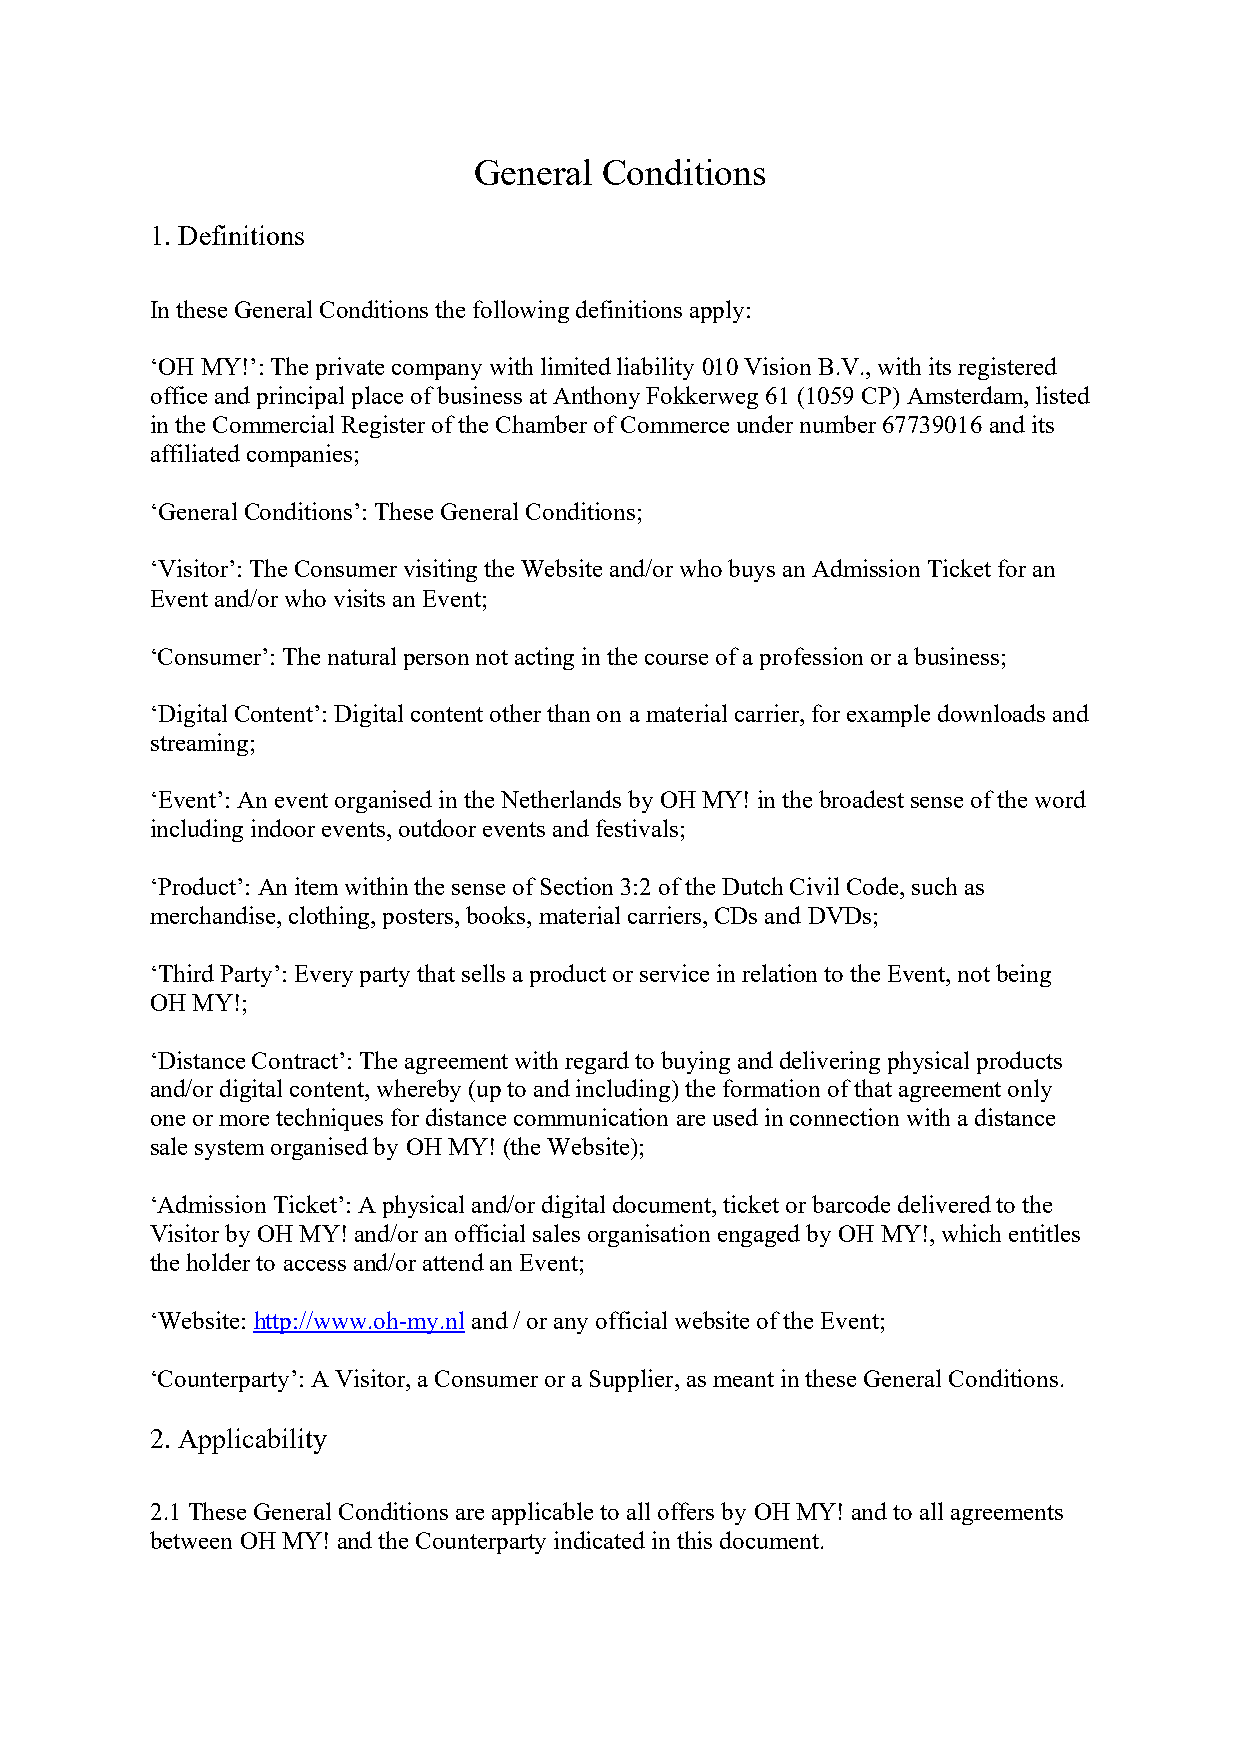
General  Conditions
 1. Definitions
 In these General Conditions the following definitions apply:
 ‘OH MY!’: The private company with limited liability 010 Vision B.V., with its registered
 office and principal place of business at Anthony Fokkerweg 61 (1059 CP) Amsterdam, listed
 in the Commercial Register of the Chamber of Commerce under number 67739016 and its
 affiliated companies;
 ‘General Conditions’: These General Conditions;
 ‘Visitor’: The Consumer visiting the Website and/or who buys an Admission Ticket for an
 Event and/or who visits an Event;
 ‘Consumer’: The natural person not acting in the course of a profession or a business;
 ‘Digital Content’: Digital content other than on a material carrier, for example downloads and
 streaming;
 ‘Event’: An event organised in the Netherlands by OH MY! in the broadest sense of the word
 including indoor events, outdoor events and festivals;
 ‘Product’: An item within the sense of Section 3:2 of the Dutch Civil Code, such as
 merchandise, clothing, posters, books, material carriers, CDs and DVDs;
 ‘Third Party’: Every party that sells a product or service in relation to the Event, not being
 OH MY!;
 ‘Distance Contract’: The agreement with regard to buying and delivering physical products
 and/or digital content, whereby (up to and including) the formation of that agreement only
 one or more techniques for distance communication are used in connection with a distance
 sale system organised by OH MY! (the Website);
 ‘Admission Ticket’: A physical and/or digital document, ticket or barcode delivered to the
 Visitor by OH MY! and/or an official sales organisation engaged by OH MY!, which entitles
 the holder to access and/or attend an Event;
 ‘Website: http://www.oh-my.nl and / or any official website of the Event;
 ‘Counterparty’: A Visitor, a Consumer or a Supplier, as meant in these General Conditions.
 2. Applicability
 2.1 These General Conditions are applicable to all offers by OH MY! and to all agreements
 between OH MY! and the Counterparty indicated in this document.